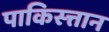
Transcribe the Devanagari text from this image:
पाकिस्त्तान